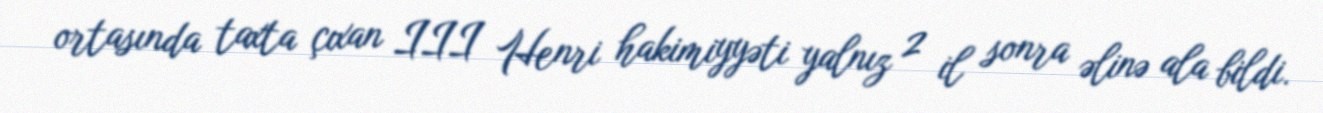
ortasında taxta çıxan III Henri hakimiyyəti yalnız 2 il sonra əlinə ala bildi.